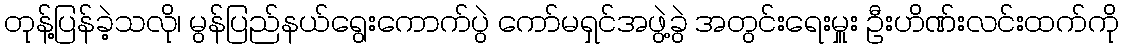
တုန့်ပြန်ခဲ့သလို၊ မွန်ပြည်နယ်ရွေးကောက်ပွဲ ကော်မရှင်အဖွဲ့ခွဲ အတွင်းရေးမှူး ဦးဟိဏ်းလင်းထက်ကို